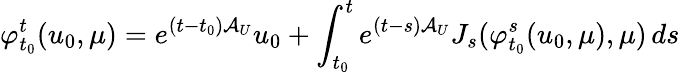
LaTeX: \varphi_{t_{0}}^{t}(u_{0},\mu)=e^{(t-t_{0})\mathcal{A}_{U}}u_{0}+\int_{t_{0}}^{t}e^{(t-s)\mathcal{A}_{U}}J_{s}(\varphi_{t_{0}}^{s}(u_{0},\mu),\mu)\, ds